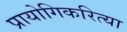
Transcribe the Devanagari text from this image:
प्रायोगिकरित्या